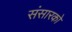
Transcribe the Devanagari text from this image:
संसारको